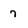
Character: 7